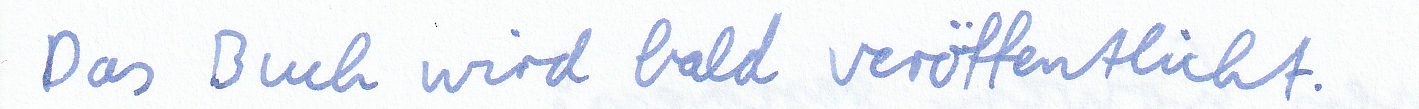
Das Buch wird bald veröffentlicht.